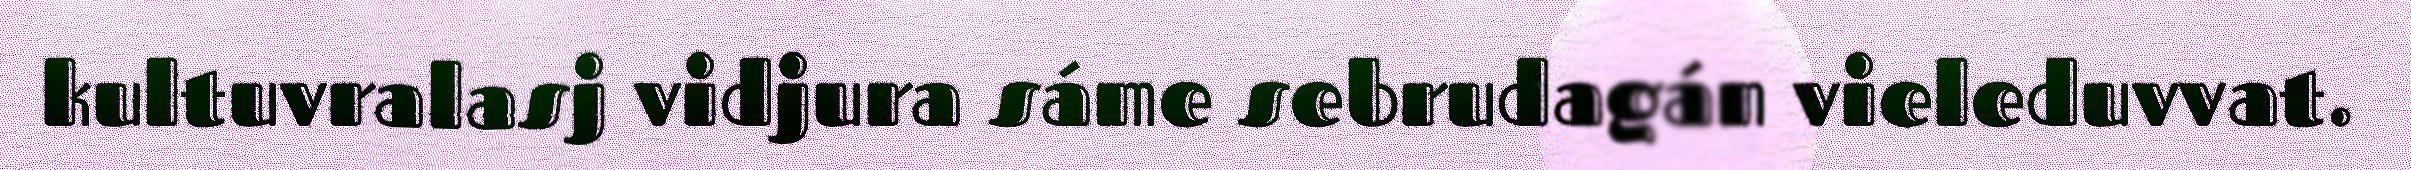
kultuvralasj vidjura sáme sebrudagán vieleduvvat.